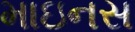
માઇનસ